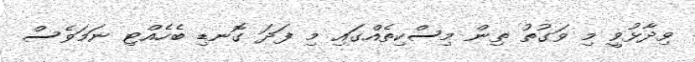
ވިދާޅުވީ މި ވަގުތު ތިން މިސްކިތެއްގައި މި ފަދަ ގޮނޑި ބެހެއްޓި ނަމަވެސް